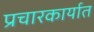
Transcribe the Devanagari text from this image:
प्रचारकार्यात